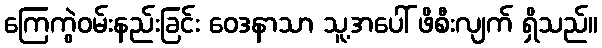
ကြေကွဲဝမ်းနည်းခြင်း ဝေဒနာသာ သူ့အပေါ် ဖိစီးလျက် ရှိသည်။